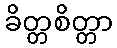
ခိတ္တစိတ္တာ